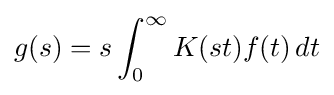
g(s)=s\int _{0}^{\infty }K(st)f(t)\,dt